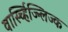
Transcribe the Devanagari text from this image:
वार्स्च्हिज्न्लिज्क